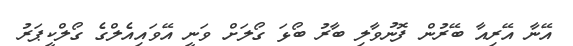
އޭނާ އޭރިއާ ބޭރުން ފޮނުވާލި ބާރު ބޯޅަ ގޯލަށް ވަނީ އޭވައިއެލްގެ ގޯލްކީޕަރު